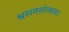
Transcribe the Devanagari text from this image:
श्वसनसंस्थान।